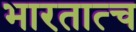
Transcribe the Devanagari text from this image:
भारतात्च